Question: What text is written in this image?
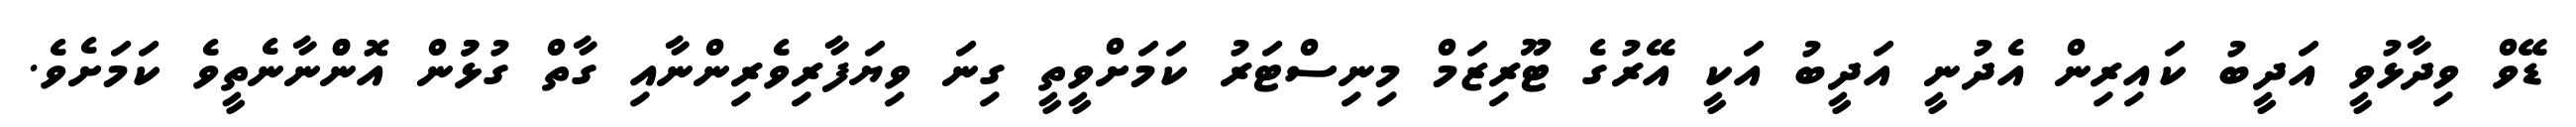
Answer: ޑޭވް ވިދާޅުވީ އަދީބު ކައިރިން އެދުނީ އަދީބު އަކީ އޭރުގެ ޓޫރިޒަމް މިނިސްޓަރު ކަމަށްވީތީ ގިނަ ވިޔަފާރިވެރިންނާއި ގާތް ގުޅުުން އޮންްނާނެތީވެ ކަމަށެވެ.